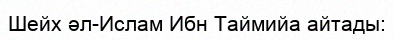
Шейх әл-Ислам Ибн Таймийа айтады: